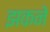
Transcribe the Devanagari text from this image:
झकने